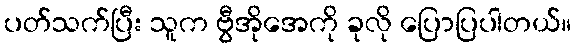
ပတ်သက်ပြီး သူက ဗွီအိုအေကို ခုလို ပြောပြပါတယ်။